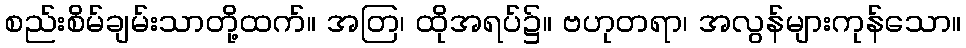
စည်းစိမ်ချမ်းသာတို့ထက်။ အတြ၊ ထိုအရပ်၌။ ဗဟုတရာ၊ အလွန်များကုန်သော။